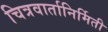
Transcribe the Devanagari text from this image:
चित्रवार्तानिर्मिती